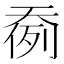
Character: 𱘷